画像に写った文字を読んでください
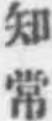
「知常」と書いてあります